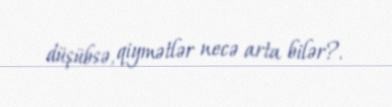
düşübsə, qiymətlər necə arta bilər?.